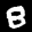
Label: 8